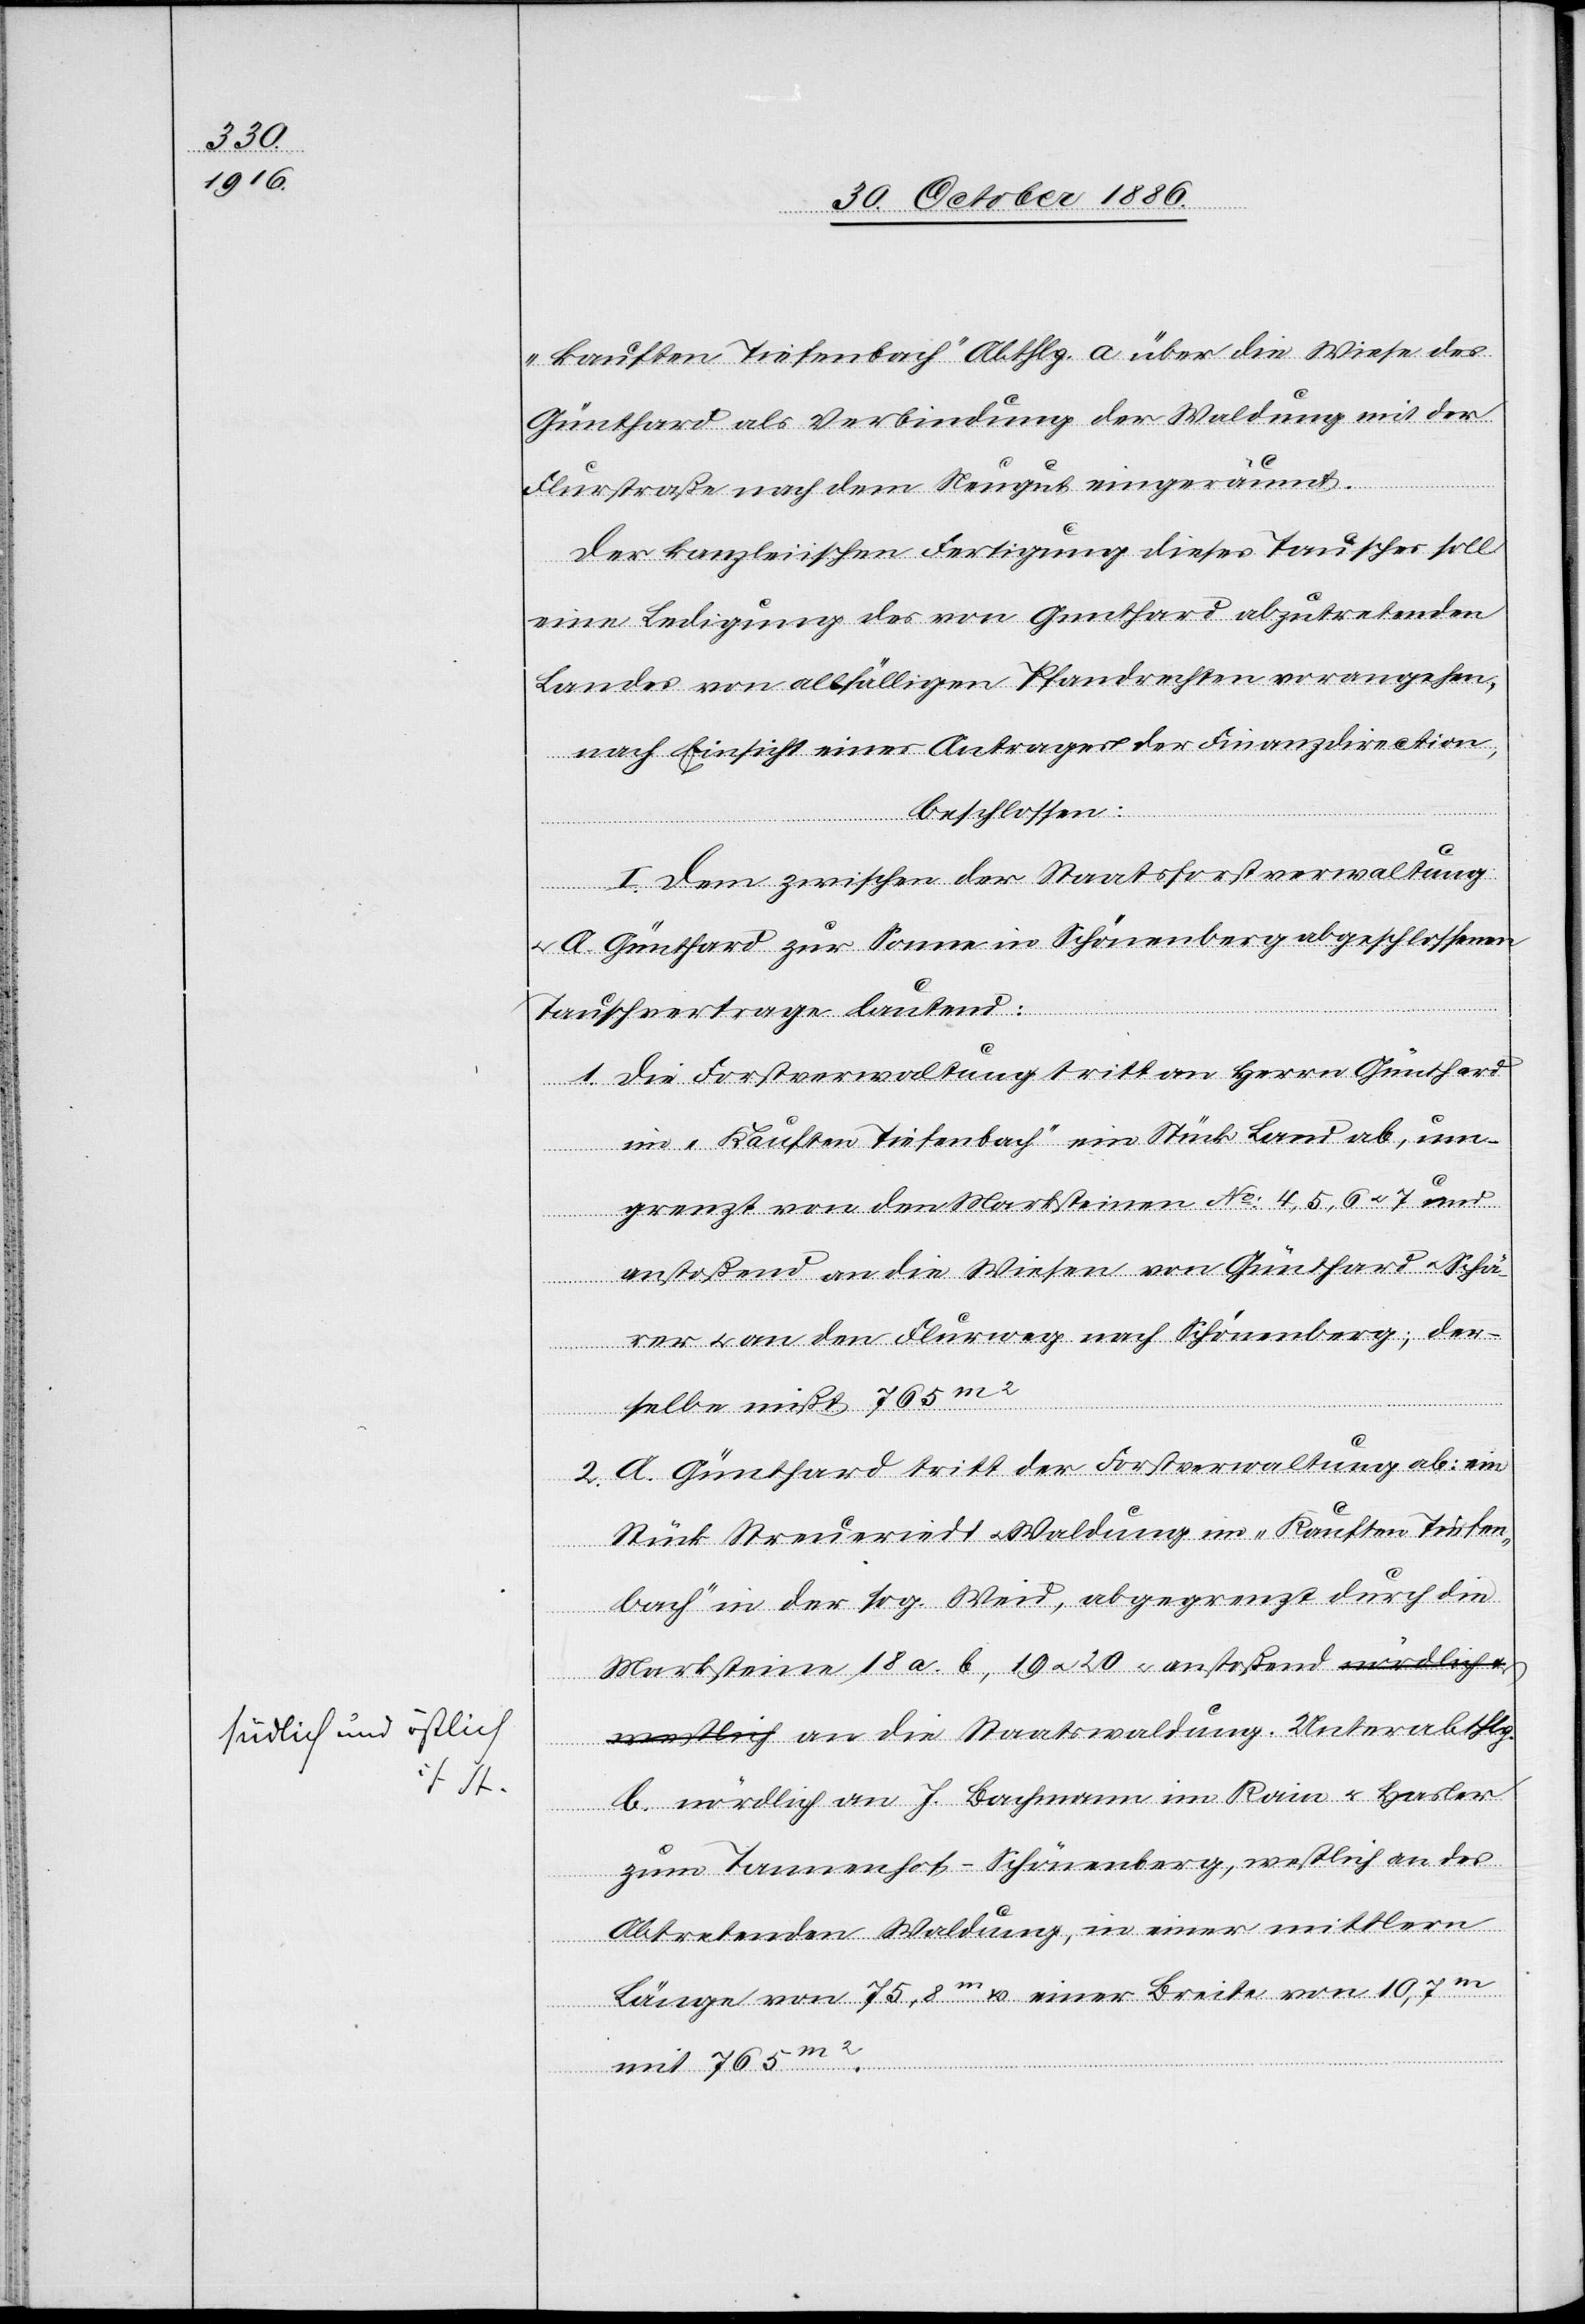
„kauften Tiefenbach“ Abthlg. a über die Wiese des
Günthard als Verbindung der Waldung mit der
Flurstraße nach dem Neugut eingeräumt.
Der kanzleiischen Fertigung dieses Tausches soll
eine Ledigung des von Gunthard [sic!] abzutretenden
Landes von allfälligen Pfandrechten vorangehen,
nach Einsicht eines Antrages der Finanzdirection,
beschlossen:
I. Dem zwischen der Staatsforstverwaltung
A. Günthard zur Sonne in Schönenberg abgeschlossenen
Tauschvertrage lautend:
1. Die Forstverwaltung tritt an Herrn Günthard
im „Kauften Tiefenbach“ ein Stück Land ab, um¬
grenzt von den Marksteinen No: 4, 5, 6 & 7 und
anstoßend an die Wiesen von Günthard & Schä¬
rer & an den Flurweg nach Schönenberg; der¬
selbe mißt 765m2
2. A. Günthard tritt der Forstverwaltung ab: ein
Stück Streueriedt & Waldung im „Kauften Tiefen¬
bach“ in der sog. Weid, abgegrenzt durch die
Marksteine 18 a. b, 19 & 20 & anstoßend nördlich &
westlich an die Staatswaldung. Unterabthlg.
b. nördlich an J. Bachmann im Rain & Hasler
zum Tannenhof - Schönenberg, westlich an des
Abtretenden Waldung, in einer mittlern
Länge von 75,8m & einer Breite von 10,7m
mit 765m2.